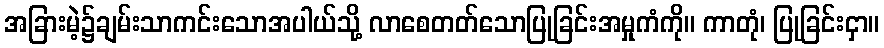
အခြားမဲ့၌ချမ်းသာကင်းသောအပါယ်သို့ လာစေတတ်သောပြုခြင်းအမှုကံကို။ ကာတုံ၊ ပြုခြင်းငှာ။